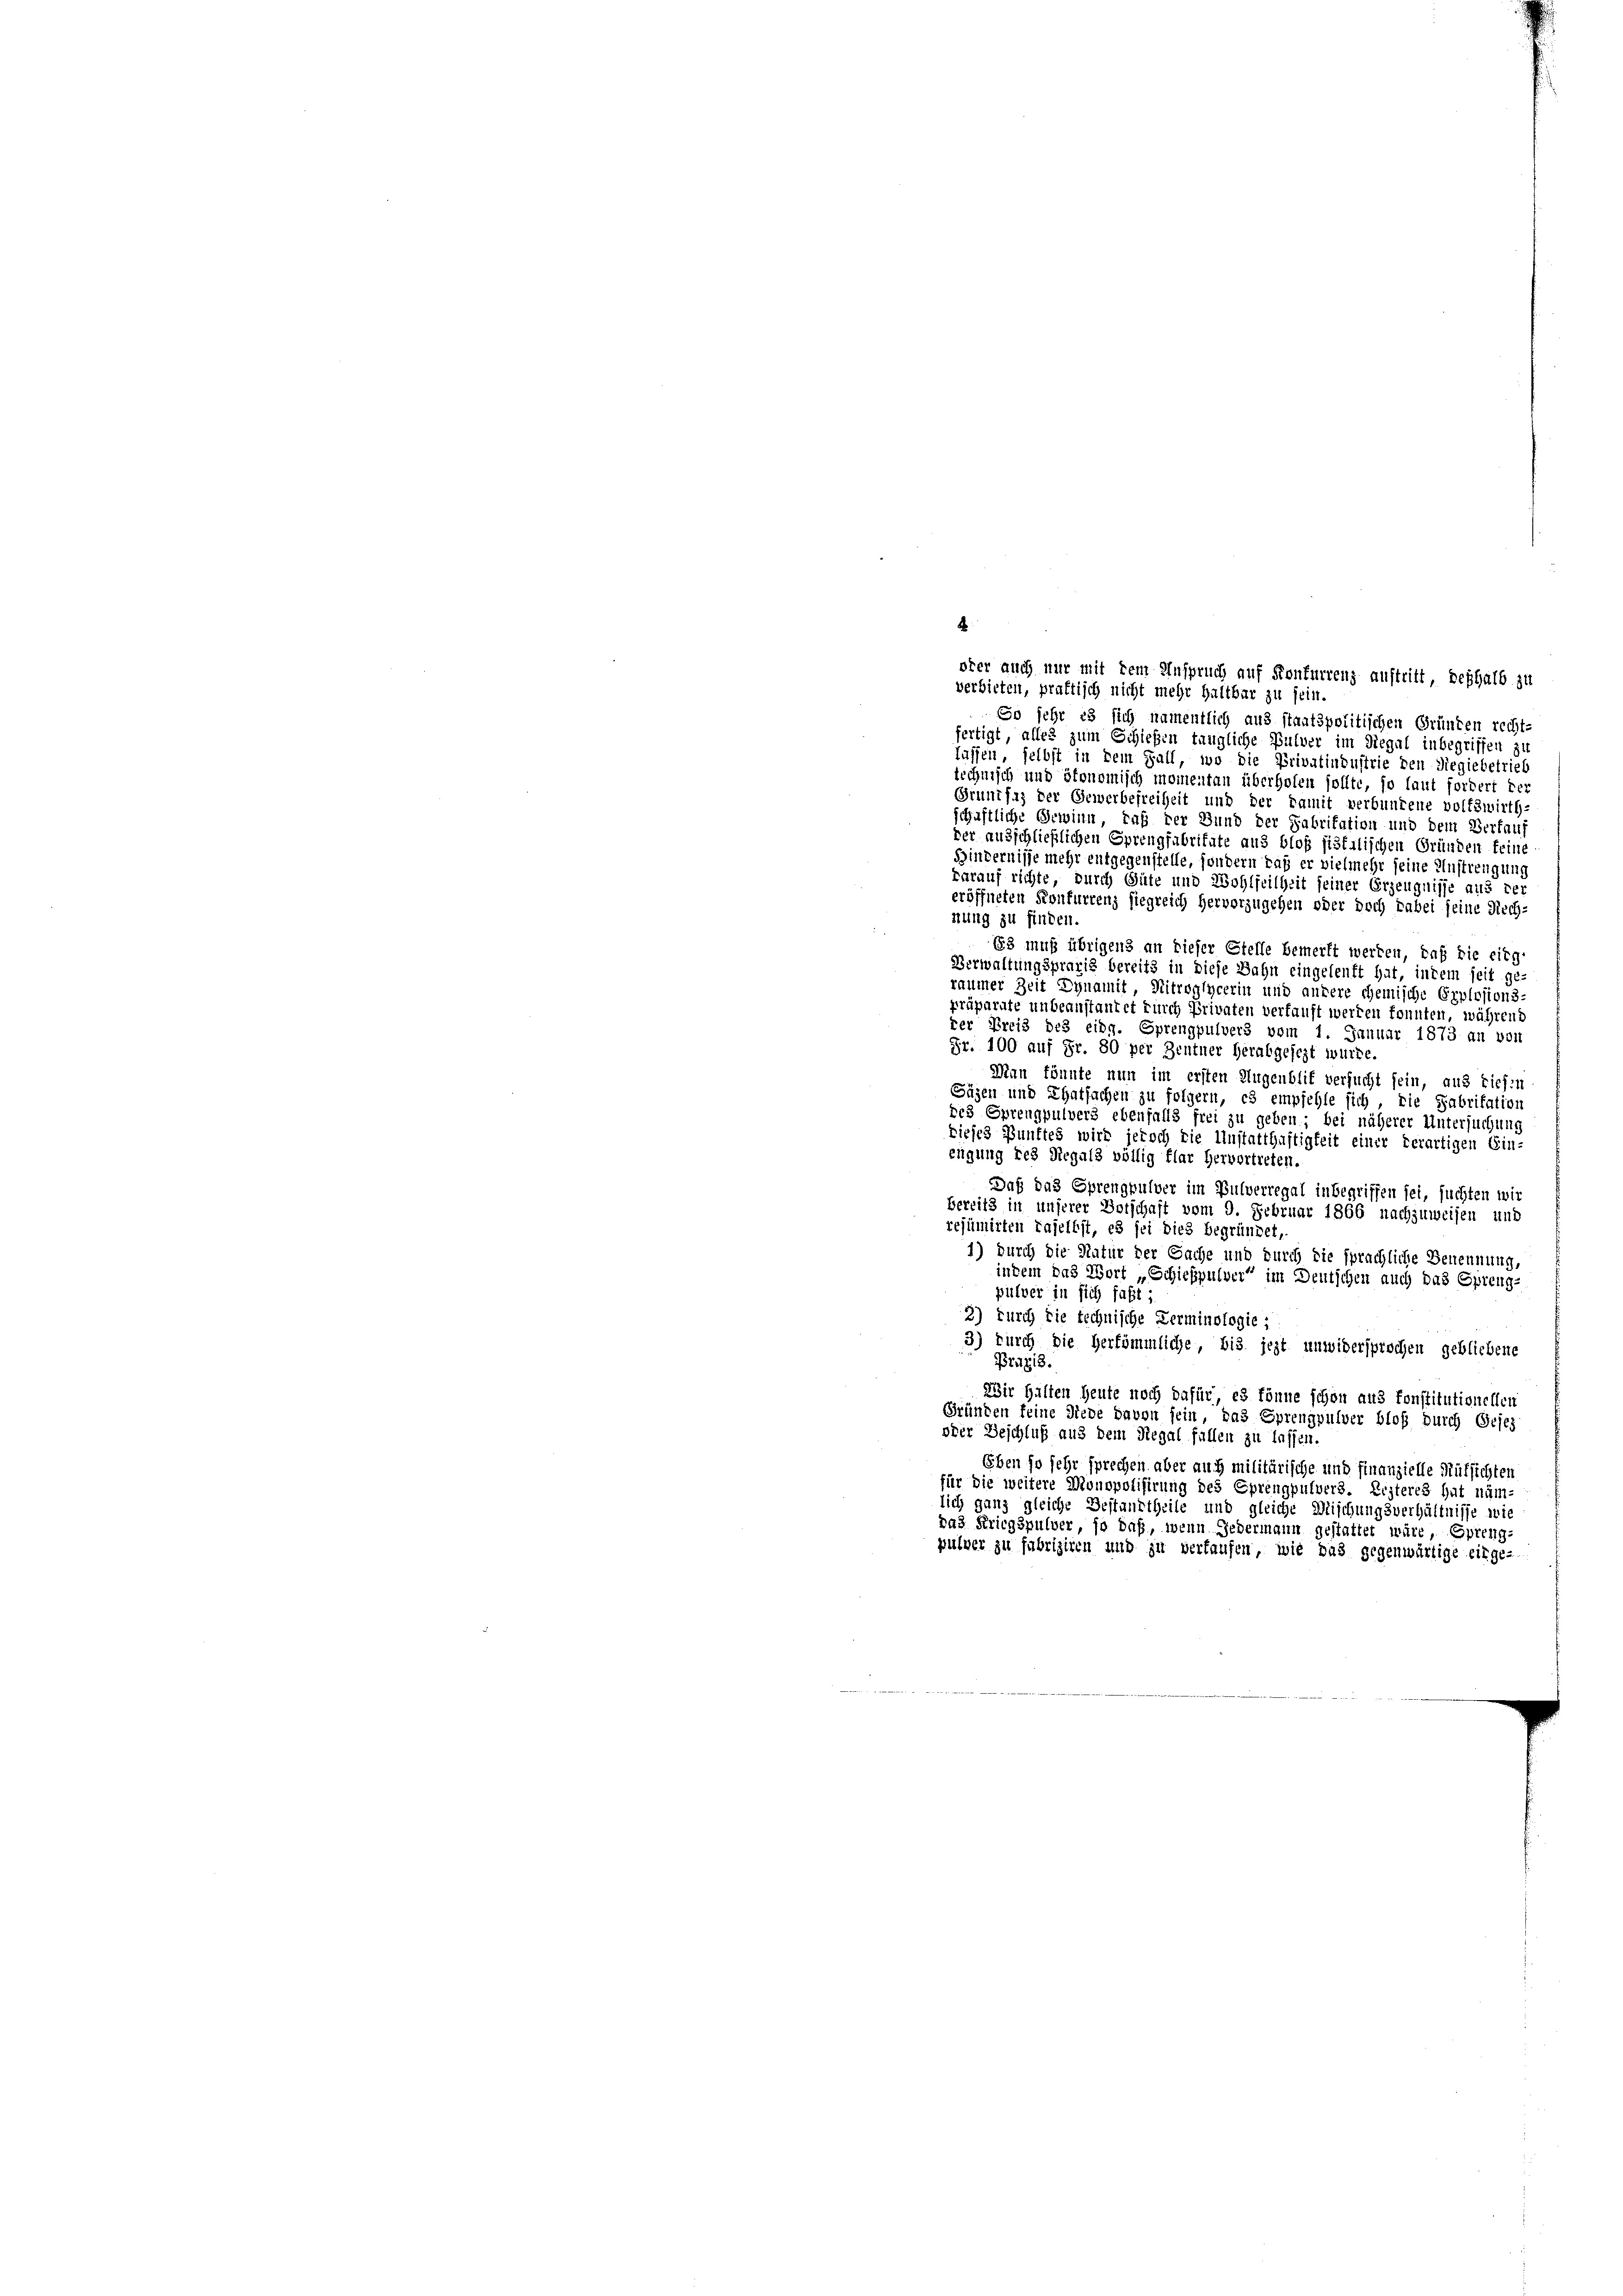
.

ofer auch nur mit dem Anspruch auf Konfurrenz auftritt, deshalb zu
verbieten, praktisch nicht mehr haltbar zu sein.
So sehr es sich namentlich aus staatspolitischen Gründen recht.
fertigt, alles zum Schießen tängliche Pulver im Regal inbegriffen zu
lassen, selbst in dem Fall, wo die Privatindustrie den Siegiebetrieb
technisch und ökonomisch momentan überholen sollte, so laut fordert der
Grundsaz der Gewerbefreiheit und der damit verbundene volkswirth-
schaftliche Gewinn, daß der Bund der Fabritation und dem Verfauf
der ausschließlichen Sprengfabritate aus bloß sistalischen Gründen feine
Bindernisse mehr entgegenstelle, sondern daß er vielmehr seine Austrengung
darauf richte, durch Güte und Wohlseitheit seiner Erzeugnisse aus der
eröffneten Konfurrenz siegreich hervorzugehen oder doch dabei seine Kirch-
nung zu finden.
63 muß übrigens an dieser Stelle bemerkt werden, daß die eitg-
Verwaltungspraxis bereits in diese Bahn eingelenft hat, indem seit ge-
raumer Zeit Dynamit Mitroglycerin und andere chemische Explosions-
präparate unbeanstantet durch Privaten verfauft werden konnten, während
ver Kreis des eidg. Sprengpulvers vom 1. Januar 1873 an von
Fr. 100 auf Fr. 80 per Zentner herabgesezt würde.
Man könnte nun im ersten Augenblif versucht sein, aus tiefen
22
Säzen und Thatsachen zu folgern, es empfehle sich, die Fabritation
des Sprengpulvers ebenfalls frei zu geben; bei näherer Untersuchung
Dieses Bunftes wird jedoch die Unstatthaftigkeit einer derartigen Ein-
eigung des Regals völlig flar hervortreten.
Daß das Sprengpulver im Bulverregal inbegriffen sei, suchten wir
bereits in unserer Botschaft vom 9. Februar 1866 nachzuweisen und
resümirten daselbst, es sei dies begründet,
1) durch die Natur der Sache und durch die sprachliche Benennung,
indem das Wort „Schießpulver“ im Deutschen auch das Spreng-
pulver in sich faßt
3) Durch die technische Zerminologie ;
3) Durch die herkömmliche, bis jezt unwidersprochen gebliebene
Pruzi3.
Wir halten heute noch dafür es könne schon aus konstitutionellen
Gründen seine Niede davon sein, das Sprengpulver bloß durch Gesez
oder Geschluß aus dem Regal fallen zu lassen.
Eben so sehr sprechen aber auch militärische und finanzielle Rüksichten
für die weitere Monopolisirung des Eprengpulvers. Ersteres hat näm-
lich ganz gleiche Bestandtheile und gleiche Mischungsverhältnisse wie
das Kriegspulver, so daß, wenn Jedermann gestattet wäre, Epreng-
pulver zu fabriziren und zu verfaufen, wie das gegenwärtige einge-